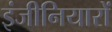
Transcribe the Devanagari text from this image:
इंजीनियारों